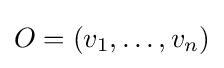
O=(v_{1},\dots ,v_{n})